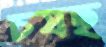
চষছ